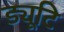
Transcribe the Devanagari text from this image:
ड्यूटि